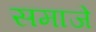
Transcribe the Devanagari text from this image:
समाजे